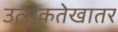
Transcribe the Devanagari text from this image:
उत्सुकतेखातर